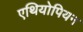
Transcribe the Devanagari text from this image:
एथियोपियन